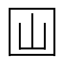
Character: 𡆯